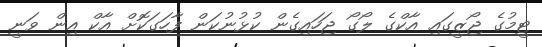
ޓީމުގެ ޖޯޒީގައި އާކްގެ ލޯގޯ ޖަހައިގެން ކުޅުނުކަން ފާހަގަކޮށް އާކް އިން ވަނީ